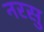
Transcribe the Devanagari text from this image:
नरसु